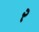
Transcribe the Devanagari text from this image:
२